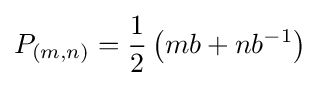
P_{(m,n)}={\frac {1}{2}}\left(mb+nb^{-1}\right)\